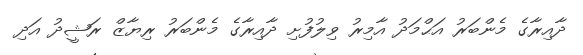
ދާއިރާގެ މެންބަރު އަޙްމަދު އާމިރު ވިލުފުށި ދާއިރާގެ މެންބަރު ރިޔާޒް ރަޝީދު އަދި